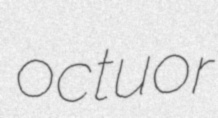
octuor